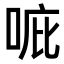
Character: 𠳓